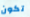
تكون